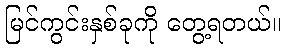
မြင်ကွင်းနှစ်ခုကို တွေ့ရတယ်။